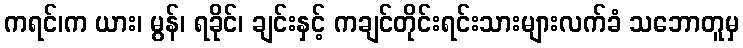
ကရင်၊က ယား၊ မွန်၊ ရခိုင်၊ ချင်းနှင့် ကချင်တိုင်းရင်းသားများလက်ခံ သဘောတူမှ